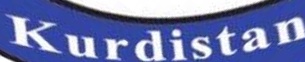
Kurdistan